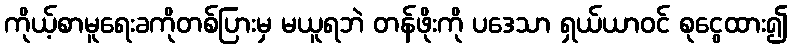
ကိုယ့်စာမူရေးခကိုတစ်ပြားမှ မယူရဘဲ တန်ဖိုးကို ပဒေသာ ရှယ်ယာဝင် စုငွေထား၍